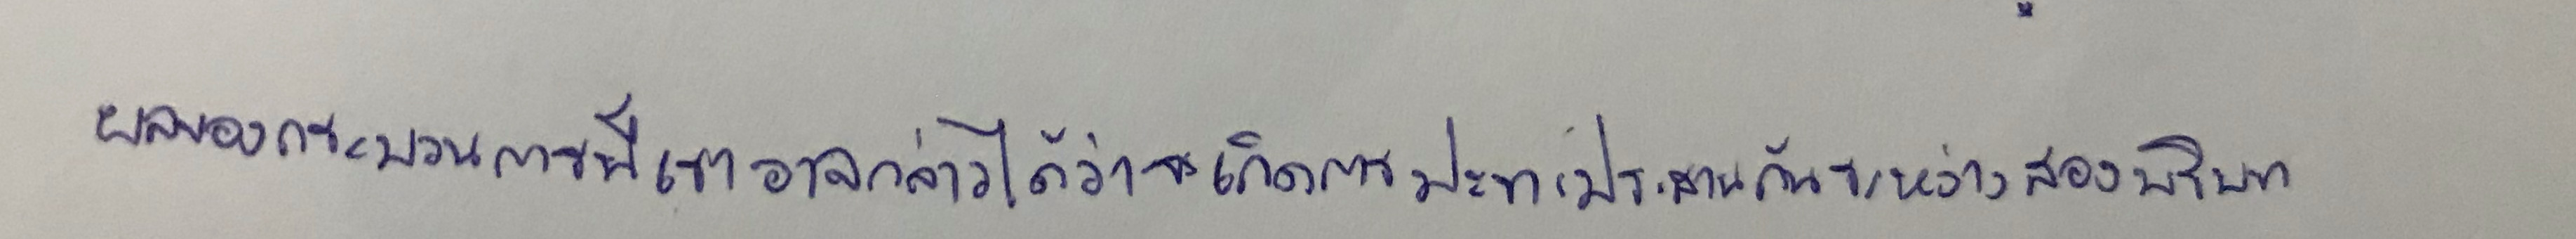
ผลของกระบวนการนี้เราอาจกล่าวได้ว่าจะเกิดการปะทะประสานกันระหว่างสองบริบท